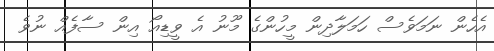
އެހެން ނަމަވެސް ހަމަލާދިން މީހުންގެ މޫނު އެ ވީޑިއޯ އިން ސާފެއް ނުވެ